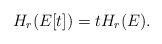
\begin{align*}H_r(E[t])=tH_r(E).\end{align*}